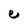
Character: e